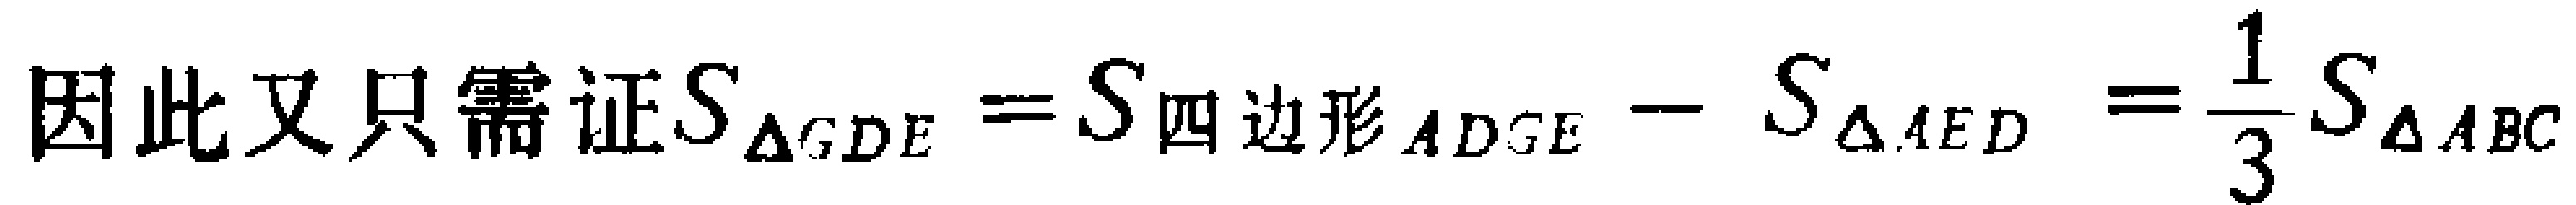
因此又只需证\(S_{\triangle GDE}=S_{四边形ADGE}-S_{\triangle AED}=\frac{1}{3}S_{\triangle ABC}\)